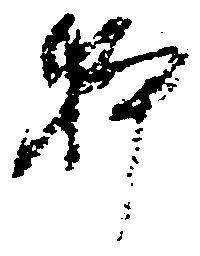
躰